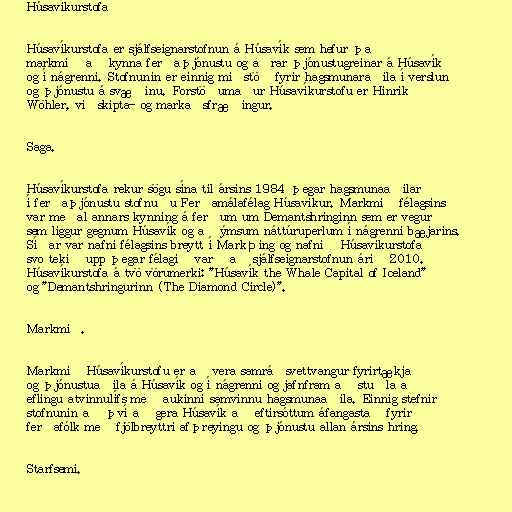
Húsavíkurstofa

Húsavíkurstofa er sjálfseignarstofnun á Húsavík sem hefur það
markmið að kynna ferðaþjónustu og aðrar þjónustugreinar á Húsavík
og í nágrenni. Stofnunin er einnig miðstöð fyrir hagsmunaraðila í verslun
og þjónustu á svæðinu. Forstöðumaður Húsavíkurstofu er Hinrik
Wöhler, viðskipta- og markaðsfræðingur.

Saga.

Húsavíkurstofa rekur sögu sína til ársins 1984 þegar hagsmunaaðilar
í ferðaþjónustu stofnuðu Ferðamálafélag Húsavíkur. Markmið félagsins
var meðal annars kynning á ferðum um Demantshringinn sem er vegur
sem liggur gegnum Húsavík og að ýmsum náttúruperlum í nágrenni bæjarins.
Síðar var nafni félagsins breytt í MarkÞing og nafnið Húsavíkurstofa
svo tekið upp þegar félagið varð að sjálfseignarstofnun árið 2010.
Húsavíkurstofa á tvö vörumerki: "Húsavík the Whale Capital of Iceland"
og "Demantshringurinn (The Diamond Circle)".

Markmið.

Markmið Húsavíkurstofu er að vera samráðsvettvangur fyrirtækja
og þjónustuaðila á Húsavík og í nágrenni og jafnfram að stuðla að
eflingu atvinnulífs með aukinni samvinnu hagsmunaaðila. Einnig stefnir
stofnunin að því að gera Húsavík að eftirsóttum áfangastað fyrir
ferðafólk með fjölbreyttri afþreyingu og þjónustu allan ársins hring.

Starfsemi.